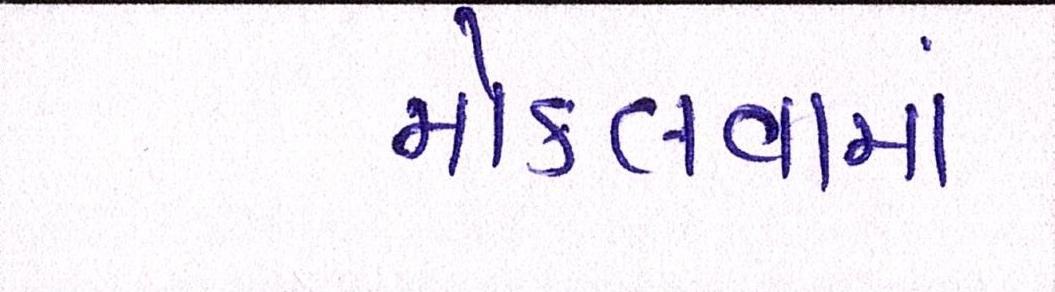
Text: મોકલવામાં